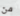
من